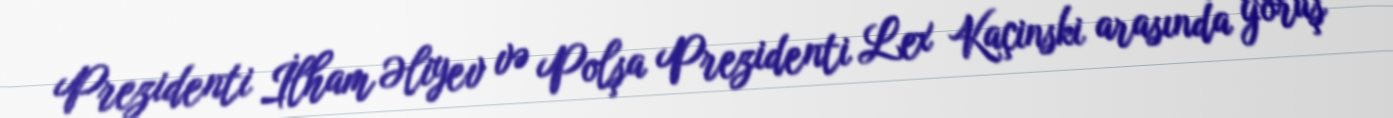
Prezidenti İlham Əliyev və Polşa Prezidenti Lex Kaçinski arasında görüş